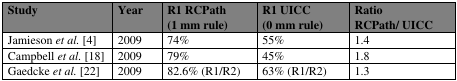
<table><thead><tr><td><b>Study</b></td><td><b>Year</b></td><td><b>R1 RCPath (1 mm rule)</b></td><td><b>R1 UICC (0 mm rule)</b></td><td><b>Ratio RCPath/ UICC</b></td></tr></thead><tbody><tr><td>Jamieson <i>et al.</i> [4]</td><td>2009</td><td>74% </td><td>55%</td><td>1.4</td></tr><tr><td>Campbell <i>et al.</i> [18]</td><td>2009</td><td>79%</td><td>45%</td><td>1.8</td></tr><tr><td>Gaedcke <i>et al.</i> [22]</td><td>2009</td><td>82.6% (R1/R2) </td><td>63% (R1/R2)</td><td>1.3</td></tr></tbody></table>